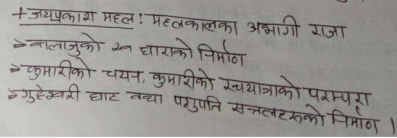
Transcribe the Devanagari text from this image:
+ जयप्रकाश महल! महलकालका अभागी राजा
→बालाजुको २२ धाराको निर्माण
→कुमारीको चयन, कुमारीको रथयात्राको परम्परा
→गुह्येश्वरी घाट तथा पशुपति सन्ततहरूको निर्माण ।